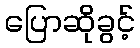
ပြောဆိုခွင့်